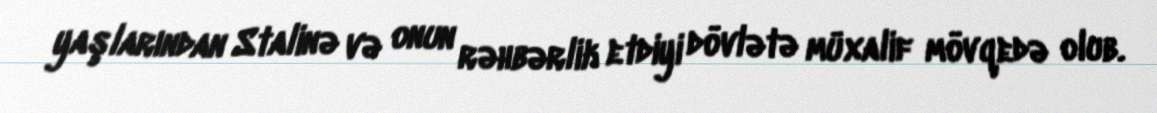
yaşlarından Stalinə və onun rəhbərlik etdiyi dövlətə müxalif mövqedə olub.